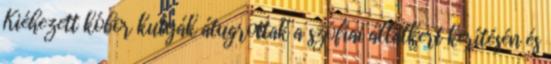
Kiéhezett kóbor kutyák átugrottak a szófiai állatkert kerítésén és